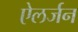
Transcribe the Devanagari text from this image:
ऐलर्जन